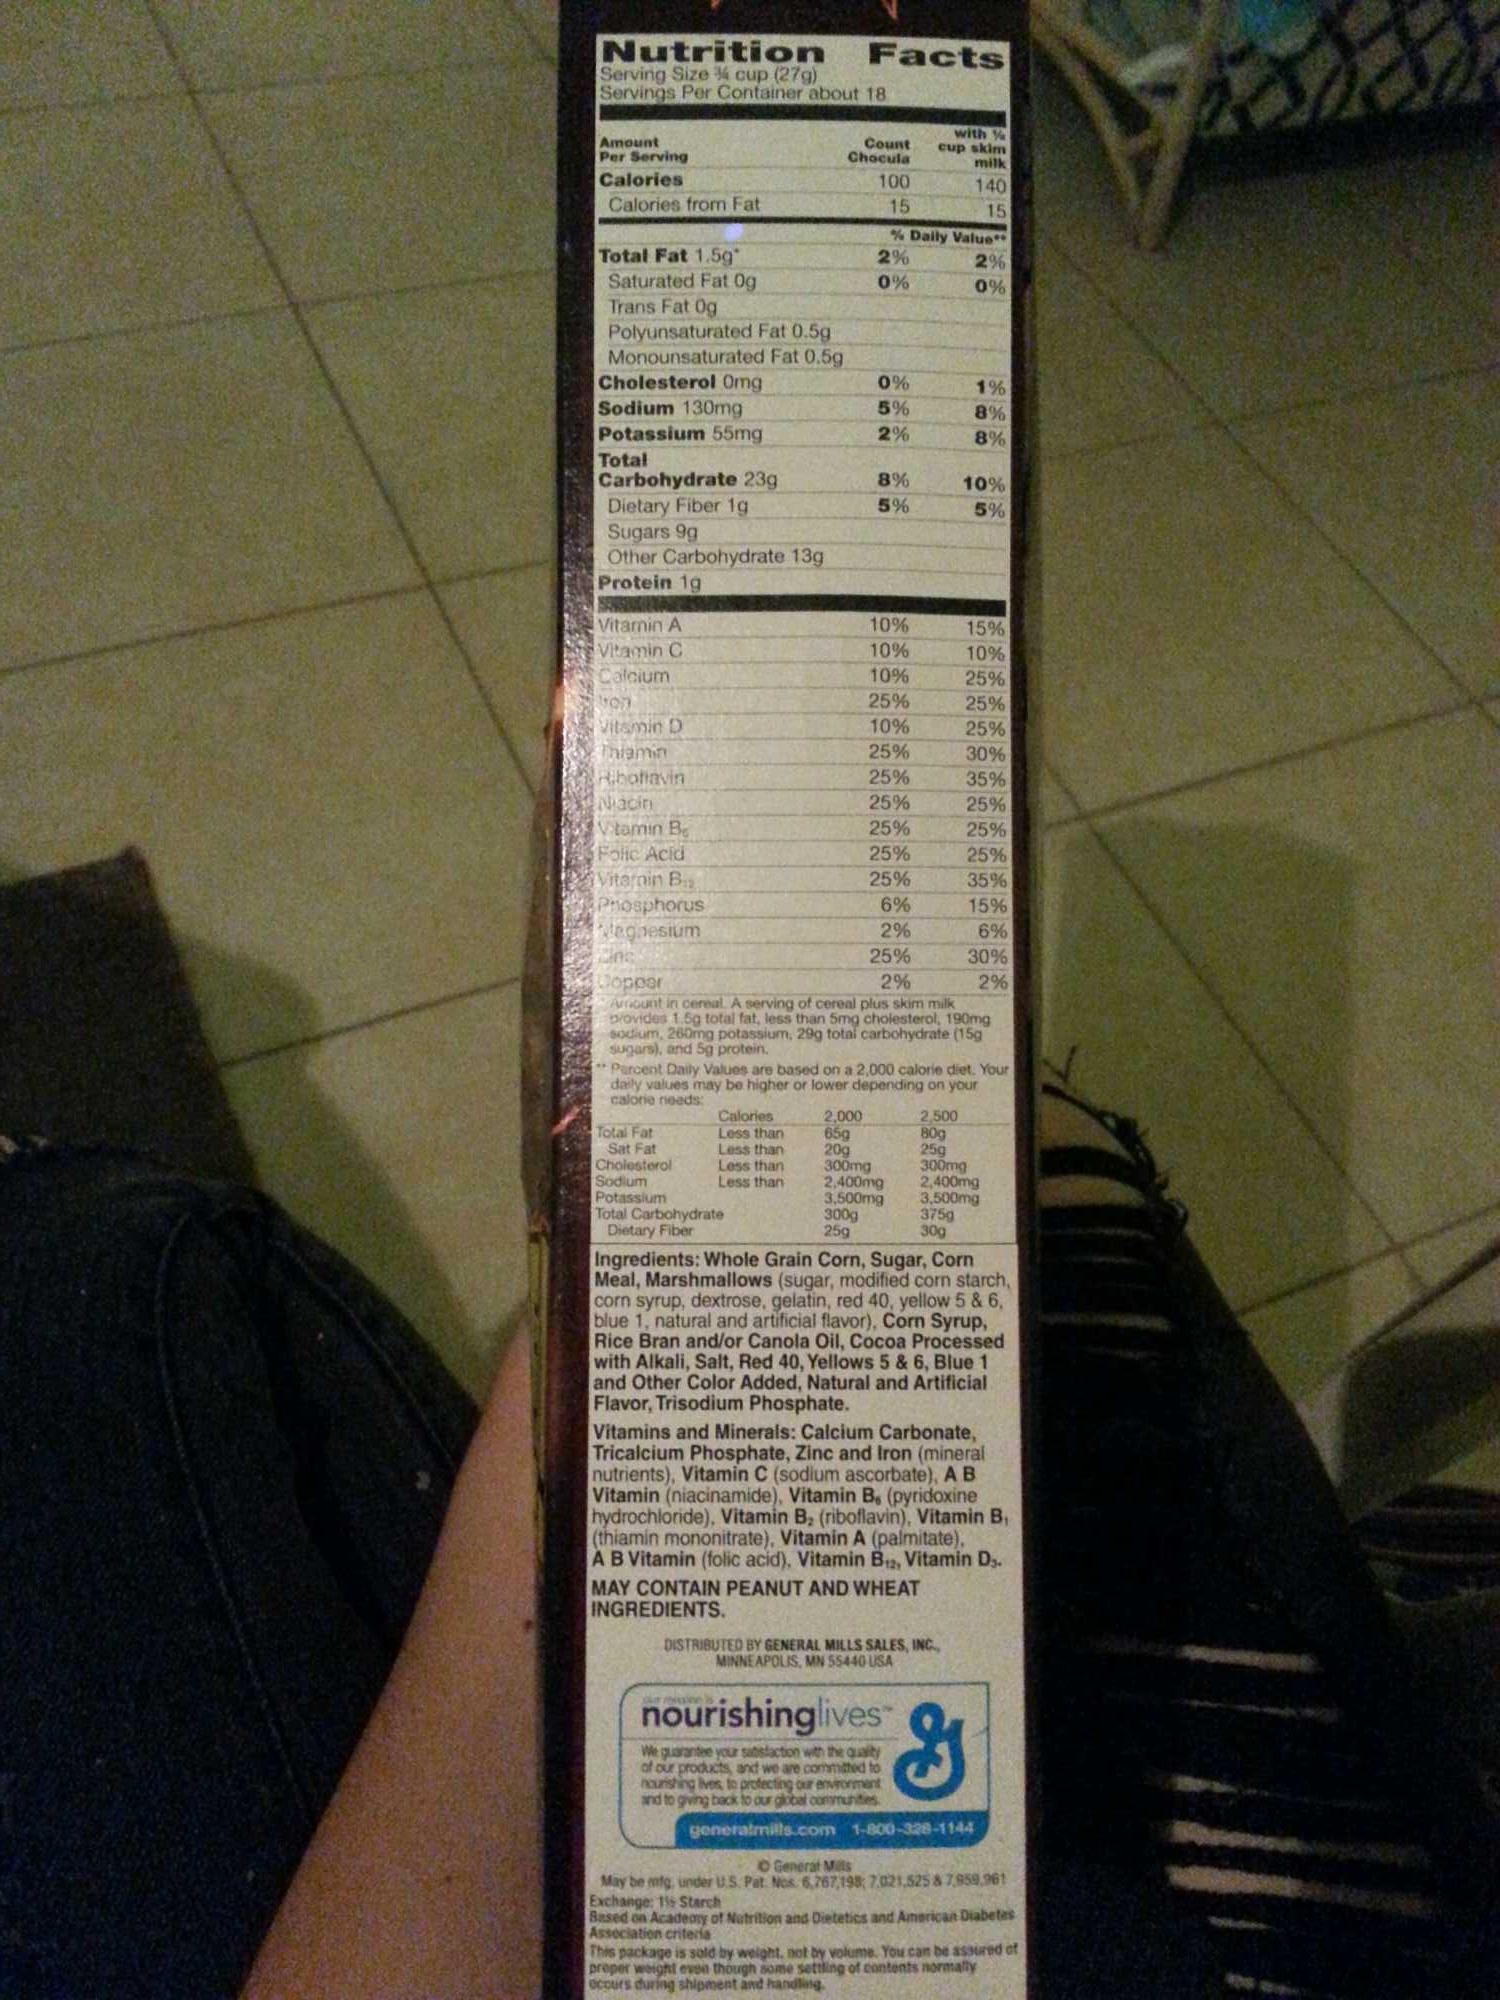
Nutrition
Serving Size ¼ cup (27g) Servings Per Container about 18
Amount
Per Serving
Calories
Calories from Fat
Total Fat 1.5g*
Saturated Fat Og Trans Fat Og
Polyunsaturated Fat 0.5g
Monounsaturated Fat 0.5g Cholesterol Omg
Sodium 130mg
Potassium 55mg
Total
Carbohydrate 23g
Dietary Fiber 1g
Sugars 9g
Other Carbohydrate 13g
Protein 19
Vitamin A
Vitamin C
Calcium
107
Vitamin D
Thiamin
Riboflavin
Niacin
Vitamin Be
Folic Acid
Vitamin B
Phosphorus
agnesium
Calories Less than Less than Less than Less than
Facts
Count Chocula
Total Fat Sat Fat Cholesterol Sodium Potassium Total Carbohydrate
Dietary Fiber
100
15
10%
10%
10%
25%
10%
25%
25%
25%
25%
25%
25%
6%
2%
Zinc
25%
Copper
2%
Amount in cereal. A serving of cereal plus skim milk provides 1.5g total fat, less than 5mg cholesterol, 190mg sodium, 260mg potassium, 29g total carbohydrate (15g sugars), and 5g protein.
2,000
65g 20g 300mg
300g
25g
2%
0%
% Daily Value**
0%
5%
2%
8%
5%
2,400mg
3,500mg
with cup skim
milk
140
15
Parcent Daily Values are based on a 2,000 calorie diet. Your daily values may be higher or lower depending on your calorie needs:
375g
30g
nourishinglives™
We guarantee your satisfaction with the quality of our products, and we are committed nourishing lives to protecting our environment and to giving back to our global communities.
2%
0%
1%
8%
8%
10%
5%
DISTRIBUTED BY GENERAL MILLS SALES, INC., MINNEAPOLIS, MN 55440 USA
2,500
80g
25g 300mg
2,400mg
3,500mg
15%
10%
25%
25%
25%
30%
35%
25%
25%
25%
35%
15%
6%
30%
2%
Ingredients: Whole Grain Corn, Sugar, Corn Meal, Marshmallows (sugar, modified corn starch, corn syrup, dextrose, gelatin, red 40, yellow 5 & 6, blue 1, natural and artificial flavor), Corn Syrup, Rice Bran and/or Canola Oil, Cocoa Processed with Alkali, Salt, Red 40, Yellows 5 & 6, Blue 1 and Other Color Added, Natural and Artificial Flavor, Trisodium Phosphate.
Ce
Vitamins and Minerals: Calcium Carbonate, Tricalcium Phosphate, Zinc and Iron (mineral nutrients), Vitamin C (sodium ascorbate), A B Vitamin (niacinamide), Vitamin B, (pyridoxine hydrochloride), Vitamin B₂ (riboflavin), Vitamin B₁ (thiamin mononitrate), Vitamin A (palmitate),
A B Vitamin (folic acid), Vitamin B12, Vitamin D. MAY CONTAIN PEANUT AND WHEAT
INGREDIENTS.
generatmills.com 1-800-328-1144
O General Mits
May be mfg, under U.S. Pat. Nos 6,767,198; 7.021,525 & 7,959.961 Exchange: 119 Starch
Based on Academy of Nutrition and Dietetics and American Diabetes Association criteria
This package is sold by weight, not by volume. You can be assured of proper weight even though some settling of contents normally occurs during shipment and handling.